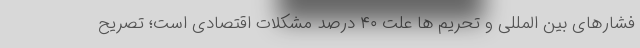
فشارهای بین المللی و تحریم ها علت ۴۰ درصد مشکلات اقتصادی است؛ تصریح